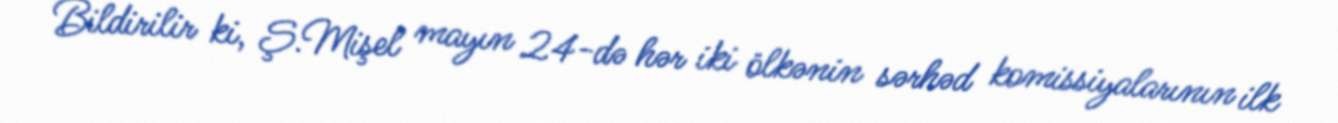
Bildirilir ki, Ş.Mişel mayın 24-də hər iki ölkənin sərhəd komissiyalarının ilk